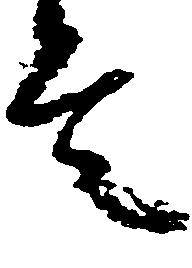
言